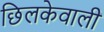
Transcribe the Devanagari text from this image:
छिलकेवाली